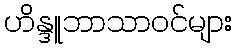
ဟိန္ဒူဘာသာဝင်များ